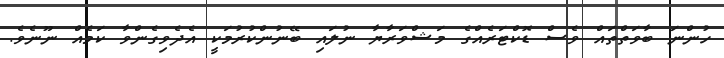
ހުންނަ ބާވަތްތައް ވެސް ޑޮކްޓަރެއްގެ މަޝްވަރާޔާ ނުލައި ބޭނުންކުރުމަކީ އެދެވިގެންވާ ކަމެއް ނޫނެވެ.